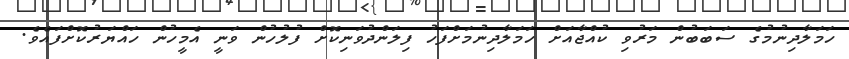
ހަމަލާދިނުމުގެ ސަބަބުން މަރުވި ކުއްޖާއަށް ހަމަލާދިނުމަށްފަހު ފިލަންދުވަނިކޮށް ފުލުހުން ވަނީ އެމީހުން ހައްޔަރުކޮށްފައެވެ.